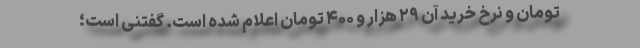
تومان و نرخ خرید آن ۲۹ هزار و ۴۰۰ تومان اعلام شده است. گفتنی است؛